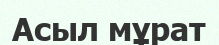
Асыл мұрат